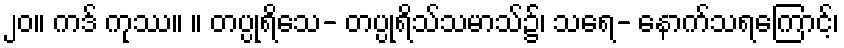
၂၀။ ကဒ် ကုဿ။ ။ တပ္ပုရိသေ- တပ္ပုရိသ်သမာသ်၌၊ သရေ- နောက်သရကြောင့်၊